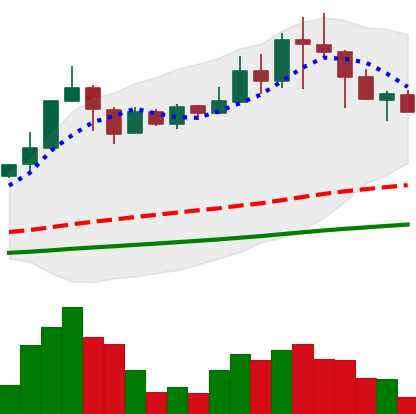
Ticker: TRX-USD
Chart end date: 2021-04-21
Forward return: -4.7%
Label: down_3_5